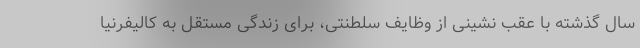
سال گذشته با عقب نشینی از وظایف سلطنتی، برای زندگی مستقل به کالیفرنیا